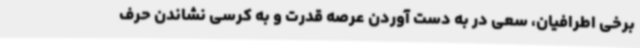
برخی اطرافیان، سعی در به دست آوردن عرصه قدرت و به کرسی نشاندن حرف